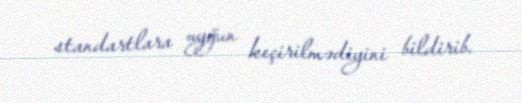
standartlara uyğun keçirilmədiyini bildirib.